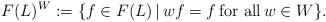
LaTeX: \begin{align*}F(L)^{W}:=\{f \in F(L) \, | \, wf=f \, \hbox{for all} \, w \in W\}. \end{align*}